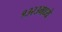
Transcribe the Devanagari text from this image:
१३२३मध्ये